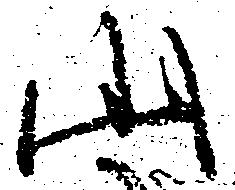
山